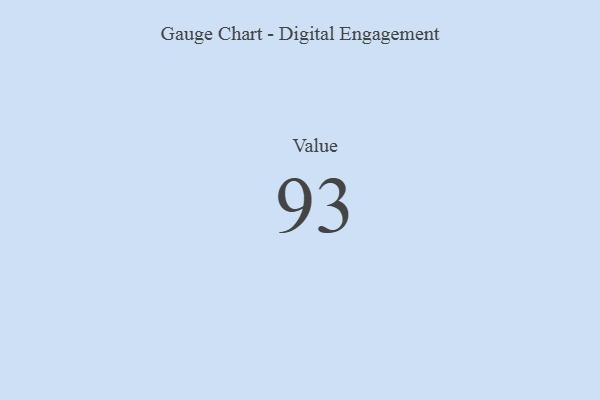
{"axis": {"x": "Metric", "y": "Value"}, "legend": [""], "data": [{"x": "Value", "y": 93, "type": ""}]}